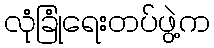
လုံခြုံရေးတပ်ဖွဲ့က